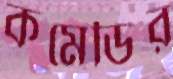
কমেডির